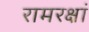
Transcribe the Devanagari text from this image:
रामरक्षां